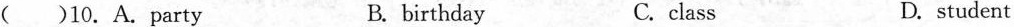
( )10.A.party B.birthday C.class D.student